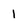
Character: 1